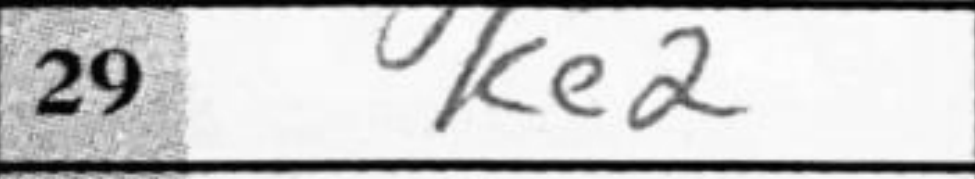
Transcription: Ke2